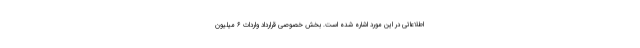
اطلاعاتی در این مورد اشاره شده است. بخش خصوصی قرارداد واردات ۶ میلیون